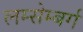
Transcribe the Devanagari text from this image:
लम्सेम्बर्ग